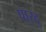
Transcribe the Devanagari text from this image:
पारद्